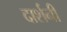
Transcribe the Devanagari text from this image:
दार्शनी